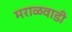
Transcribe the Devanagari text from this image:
मराळवाडी